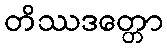
တိဿဒတ္တော